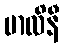
မာလိနီ